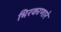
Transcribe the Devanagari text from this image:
भिरकाणारे